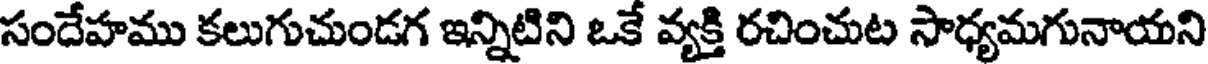
సందేహము కలుగుచుండగ ఇన్నిటిని ఒకే వ్యక్తి రచించుట సాధ్యమగునాయని